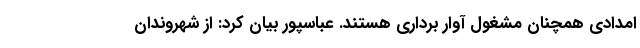
امدادی همچنان مشغول آوار برداری هستند. عباسپور بیان کرد: از شهروندان